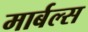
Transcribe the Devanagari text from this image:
मार्बल्स